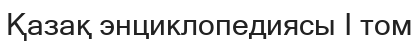
Қазақ энциклопедиясы I том